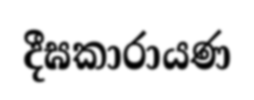
දීඝකාරායණ